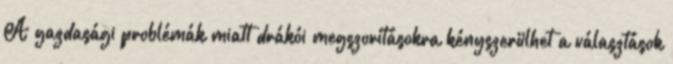
A gazdasági problémák miatt drákói megszorításokra kényszerülhet a választások